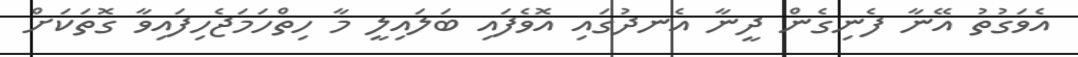
އެވަގުތު އޭނާ ފެނިގެން ދީނާ އެނދުގައި އޮވެފައި ބަލައިލީ މާ ހިތްހަމަޖެހިފައިވާ ގޮތަކަށް